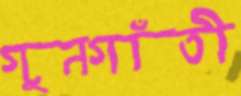
গুনগাঁতী